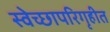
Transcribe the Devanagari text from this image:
स्वेच्छापरिगृहीत